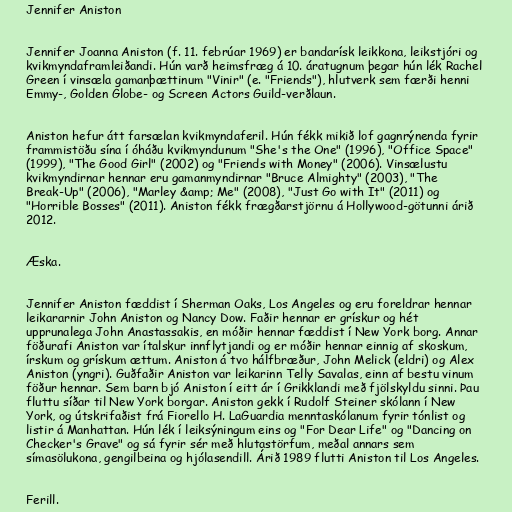
Jennifer Aniston

Jennifer Joanna Aniston (f. 11. febrúar 1969) er bandarísk leikkona, leikstjóri og
kvikmyndaframleiðandi. Hún varð heimsfræg á 10. áratugnum þegar hún lék Rachel
Green í vinsæla gamanþættinum "Vinir" (e. "Friends"), hlutverk sem færði henni
Emmy-, Golden Globe- og Screen Actors Guild-verðlaun.

Aniston hefur átt farsælan kvikmyndaferil. Hún fékk mikið lof gagnrýnenda fyrir
frammistöðu sína í óháðu kvikmyndunum "She's the One" (1996), "Office Space"
(1999), "The Good Girl" (2002) og "Friends with Money" (2006). Vinsælustu
kvikmyndirnar hennar eru gamanmyndirnar "Bruce Almighty" (2003), "The
Break-Up" (2006), "Marley &amp; Me" (2008), "Just Go with It" (2011) og
"Horrible Bosses" (2011). Aniston fékk frægðarstjörnu á Hollywood-götunni árið
2012.

Æska.

Jennifer Aniston fæddist í Sherman Oaks, Los Angeles og eru foreldrar hennar
leikararnir John Aniston og Nancy Dow. Faðir hennar er grískur og hét
upprunalega John Anastassakis, en móðir hennar fæddist í New York borg. Annar
föðurafi Aniston var ítalskur innflytjandi og er móðir hennar einnig af skoskum,
írskum og grískum ættum. Aniston á tvo hálfbræður, John Melick (eldri) og Alex
Aniston (yngri). Guðfaðir Aniston var leikarinn Telly Savalas, einn af bestu vinum
föður hennar. Sem barn bjó Aniston í eitt ár í Grikklandi með fjölskyldu sinni. Þau
fluttu síðar til New York borgar. Aniston gekk í Rudolf Steiner skólann í New
York, og útskrifaðist frá Fiorello H. LaGuardia menntaskólanum fyrir tónlist og
listir á Manhattan. Hún lék í leiksýningum eins og "For Dear Life" og "Dancing on
Checker's Grave" og sá fyrir sér með hlutastörfum, meðal annars sem
símasölukona, gengilbeina og hjólasendill. Árið 1989 flutti Aniston til Los Angeles.

Ferill.